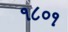
૧૮૦૧